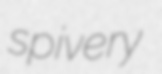
spivery